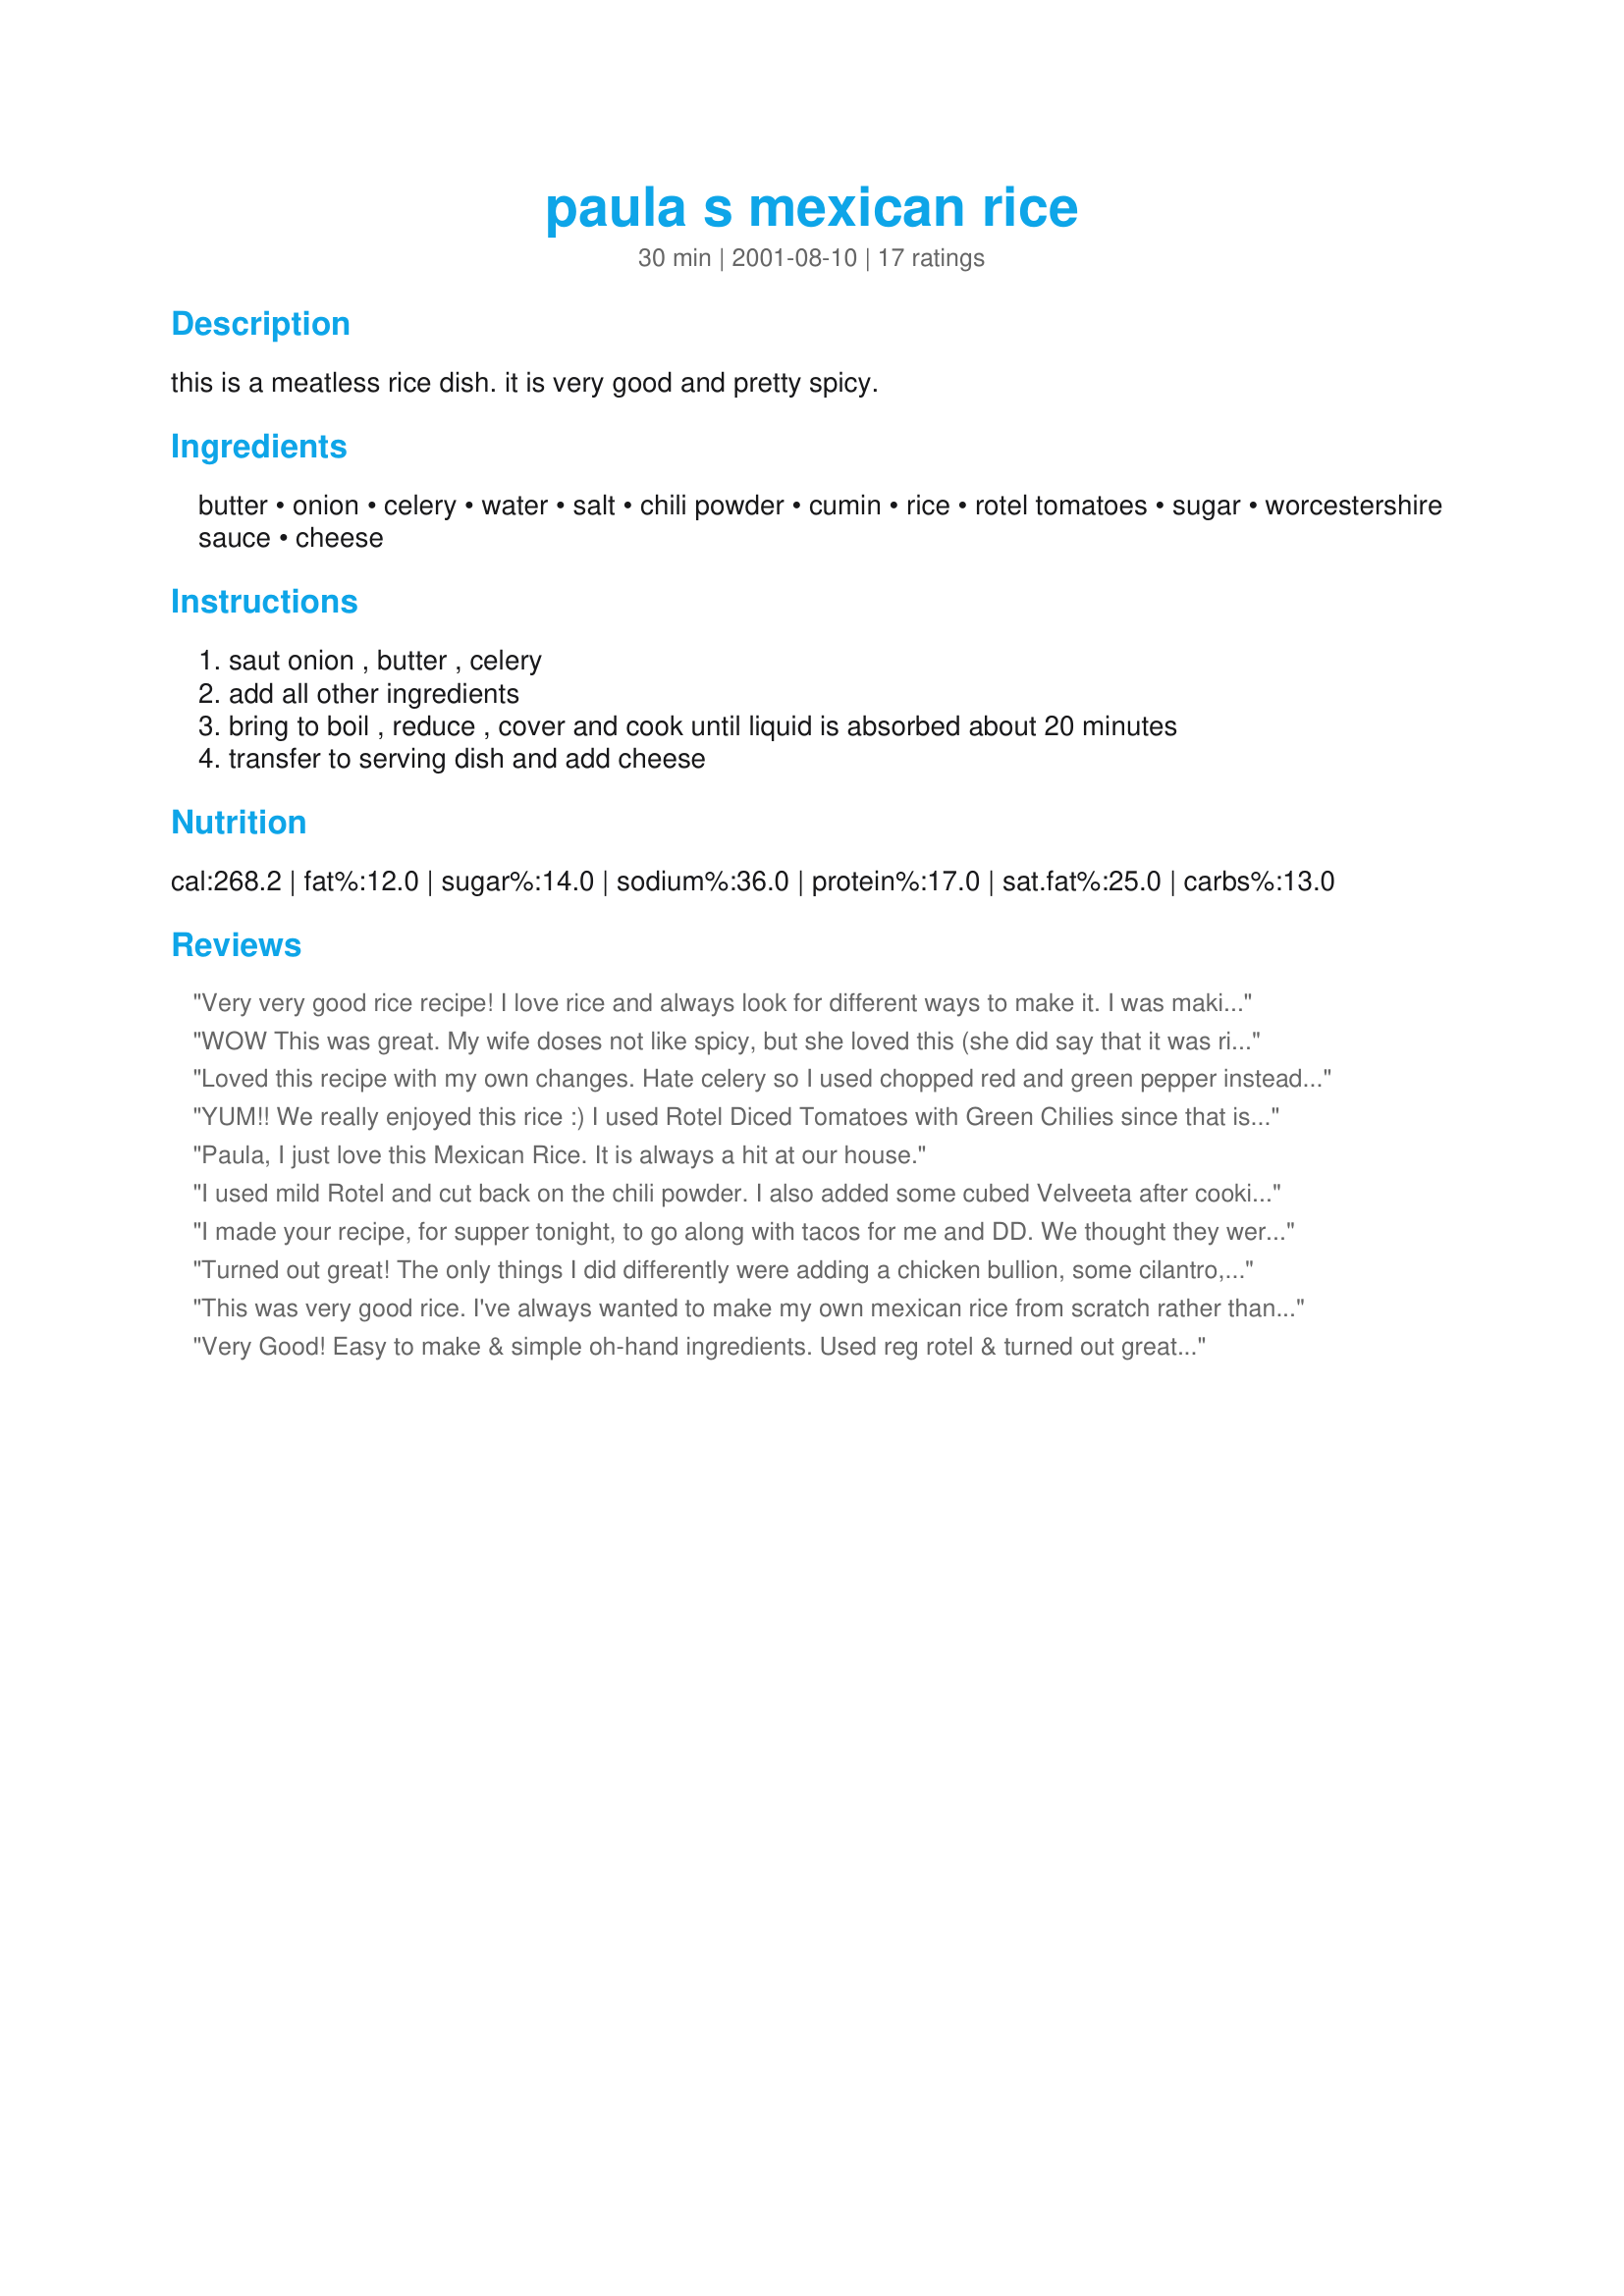
paula s mexican rice
Preparation time: 30 minutes

this is a meatless rice dish. it is very good and pretty spicy.

Ingredients:
butter, onion, celery, water, salt, chili powder, cumin, rice, rotel tomatoes, sugar, worcestershire sauce, cheese

Steps:
saut onion , butter , celery
add all other ingredients
bring to boil , reduce , cover and cook until liquid is absorbed about 20 minutes
transfer to serving dish and add cheese

Reviews:
Very very good rice recipe! I love rice and always look for different ways to make it. I was making mexican food tonight so I found this recipe. I liked that it was very easy and had not too many ingredients and also was adaptable for a low fat diet. I substituted cooking spray for the butter, stewed tomatoes for the rotel, fat free chicken broth for the water and added 1/2 teaspoon oregano, and a little more salt. It's delicious, low fat and because it's so quick and easy I will be making this often. Thanks Paula!
WOW This was great. My wife doses not like spicy, but she loved this (she did say that it was right on the border any more spice would be too much). Myself I love spicy food and found this dish delicious. Especially with a bit of hot sauce and some jalapeÃ±o peppers.


Thank you soooooo much Paula. I will be making this again soon.
Loved this recipe with my own changes. Hate celery so I used chopped red and green pepper instead. I used Rotelle tomatoes with peppers. I also used broth instead of water, gave it more flavor. I added a bit of cilantro paste and decreased the chili powder. With the red and green peppers and cilantro it gave a fresness. Of course I added cheese! It turned out great! Much like the spanish rice I made for my kids that they loved but I lost the recipe. I will continue to use this recipe.
YUM!! We really enjoyed this rice :)
I used Rotel Diced Tomatoes with Green Chilies since that is what I had on hand. We had this with some beefy and bean quesadillas. Fantastic dinner! Thanks for sharing the recipe :)
Paula, I just love this Mexican Rice. It is always a hit at our house.
I used mild Rotel and cut back on the chili powder. I also added some cubed Velveeta after cooking, making this a very cheesy Mexican rice. This was easy and quick, and a welcome addition to refried beans and tortillas. With my changes the rice wasn't spicy enough, so next time I'm using the full teaspoon of chili powder.
I made your recipe, for supper tonight, to go along with tacos for me and DD. We thought they were great! I was planning on how to use up the left overs, when my 2 DGDs came over from next door, and solved the leftover problem for me!! They thought it was delicious!! It will be a regular dish around here, from now on, and if those two can get Mom to try it, look out. Thanks, Paula.
Turned out great!
The only things I did differently were adding a chicken bullion, some cilantro, and some garlic. Also I just used a can of regular Rotel.
This was very good rice. I've always wanted to make my own mexican rice from scratch rather than buying the packaged kind. I was very happy with how this turned out, used regular Rotel and still too spicy for the kids to eat, but I loved it! Didn't have the worcestershire sauce so just didn't put it in, will try it next time though!
Very Good! Easy to make & simple oh-hand ingredients. Used reg rotel & turned out great......Thanks
Something was missing or didn't quite taste right for us. It looked yummy, though! I might have to try it again and play with it. It wasn't bad, just something wasn't quite right.
We enjoyed this very much. We didn't find it overly spicy at all, though, admittedly, we like spicy foods. I didn't have any Ro-tel tomatoes so I used 3/4 can of diced tomatoes and about 1/2 tsp of red pepper flakes as a substitute. I also added about 1/2 cup of corn .

Thanks for a great recipe.
I rate this recipe at least 5 stars! Just very very delicious.
Paula...this is outstanding. I used Recipe #24476 for the rice, using 2 cups of beef broth (the liquid amount needed for that rice recipe), skipped the onion and used celery flakes for speeds sake. I also added a packet of sazon goya. Otherwise I followed your recipe exactly and boy was it fabulous. I served it on burritos with Recipe #191896. It worked together perfectly. Spicy and delicious! THANKS, this will be my go to Mexican rice recipe everytime.
I hate being the only bad rater--it seems like everyone really loved this. I found it too tomato-y, without enough rice, and (also hate writing this) despite being a fan of spicy food, found the heat made it difficult to eat. This being said, I think I could the ingredients have the potential to work better together.
Too spicy & not flavorful enough.
I really liked this! I didn't have celery, but it still came out okay. I liked the fact the recipe didn't use a lot of butter. I've never added sugar and worcestershire sauce before, but both really added to the flavor. Works with brown rice, but you may have to add a little more liquid and cook twice as long as directed. This will be a go to recipe for me. Thanks!
